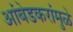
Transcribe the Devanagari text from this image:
आंबेडकरांमुळे